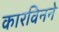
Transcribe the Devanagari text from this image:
कारविनने